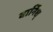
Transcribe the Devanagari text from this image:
वार्निश्